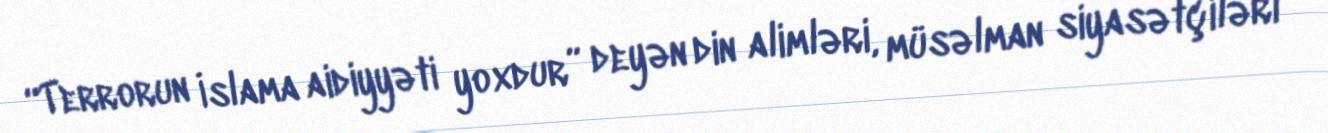
“Terrorun İslama aidiyyəti yoxdur” deyən din alimləri, müsəlman siyasətçiləri